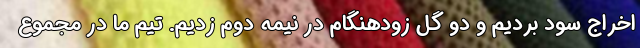
اخراج سود بردیم و دو گل زودهنگام در نیمه دوم زدیم. تیم ما در مجموع